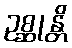
ဥစ္ဆုန္တိ